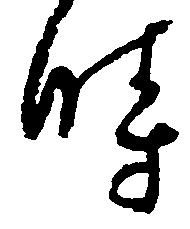
時